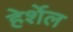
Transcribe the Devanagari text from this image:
हेर्शेल